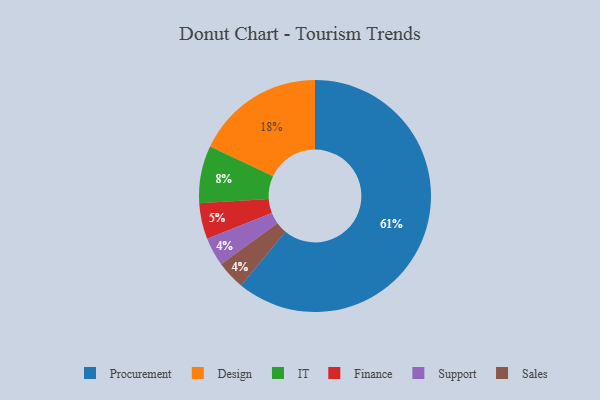
{"axis": {"x": "Category", "y": "Percentage"}, "legend": ["Design", "Finance", "IT", "Procurement", "Sales", "Support"], "data": [{"x": "Support", "y": 4, "type": "Support"}, {"x": "Procurement", "y": 61, "type": "Procurement"}, {"x": "IT", "y": 8, "type": "IT"}, {"x": "Finance", "y": 5, "type": "Finance"}, {"x": "Design", "y": 18, "type": "Design"}, {"x": "Sales", "y": 4, "type": "Sales"}]}